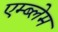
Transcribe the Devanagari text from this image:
एम्ब्लेम